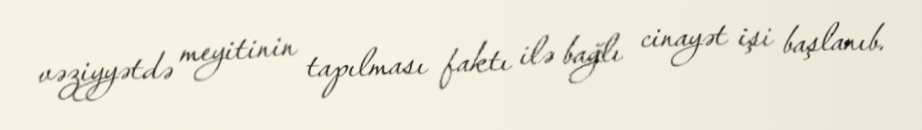
vəziyyətdə meyitinin tapılması faktı ilə bağlı cinayət işi başlanıb.